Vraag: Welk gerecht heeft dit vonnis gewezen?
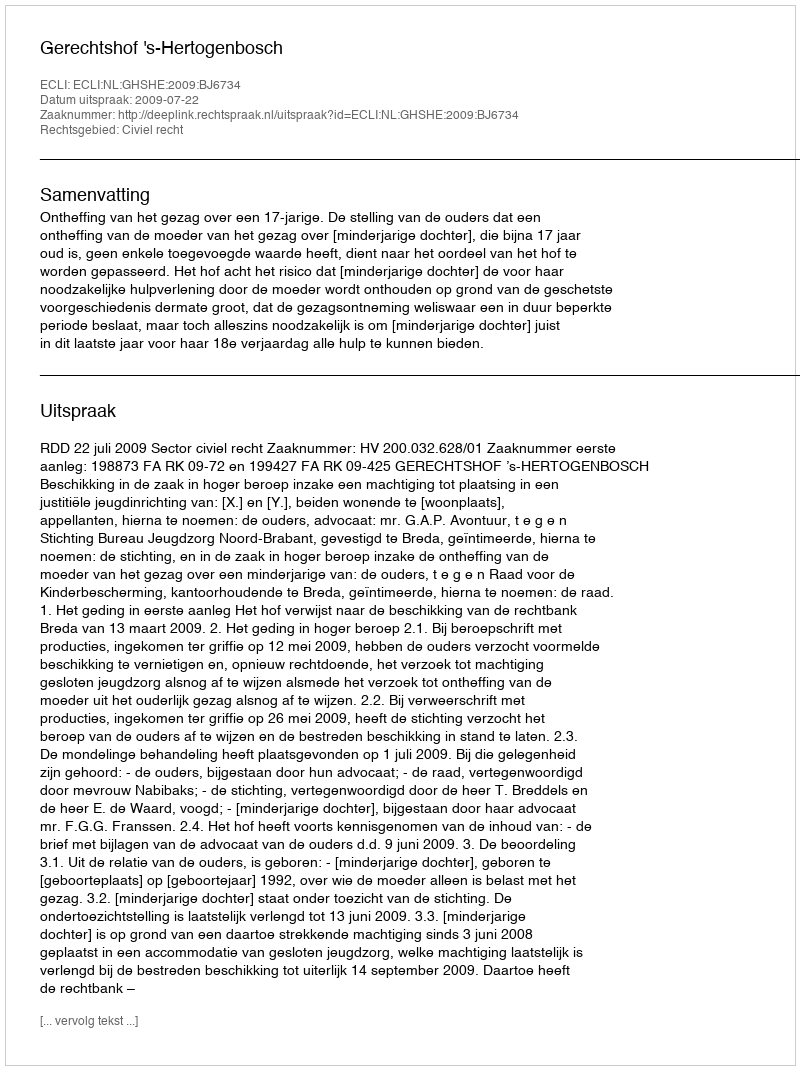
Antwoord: Gerechtshof 's-Hertogenbosch